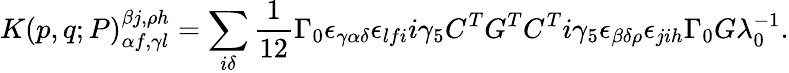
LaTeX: K(p,q;P)_{\alpha f,\gamma l}^{\beta j,\rho h}=\sum_{i\delta}\frac{1}{12}\Gamma_{0}\epsilon_{\gamma\alpha\delta}\epsilon_{lfi}i\gamma_{5}C^{T}G^{T}C^{T}i\gamma_{5}\epsilon_{\beta\delta\rho}\epsilon_{jih}\Gamma_{0}G\lambda_{0}^{-1}.